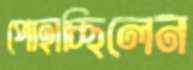
পোহাচ্ছিলেন